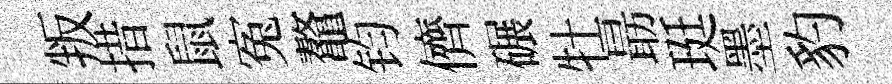
叛措鼠寃鼇钧儕碾牡朂珽墨豹